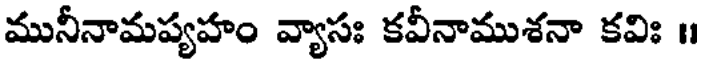
మునీనామప్యహం వ్యాసః కవీనాముశనా కవిః ॥